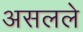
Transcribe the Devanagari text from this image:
असलले